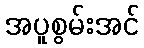
အပူစွမ်းအင်